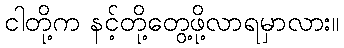
ငါတို့က နင့်တို့တွေ့ဖို့လာရမှာလား။